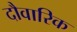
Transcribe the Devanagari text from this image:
दौवारिक